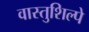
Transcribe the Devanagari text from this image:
वास्तुशिल्पे